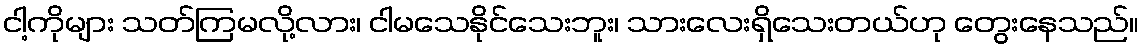
ငါ့ကိုများ သတ်ကြမလို့လား၊ ငါမသေနိုင်သေးဘူး၊ သားလေးရှိသေးတယ်ဟု တွေးနေသည်။